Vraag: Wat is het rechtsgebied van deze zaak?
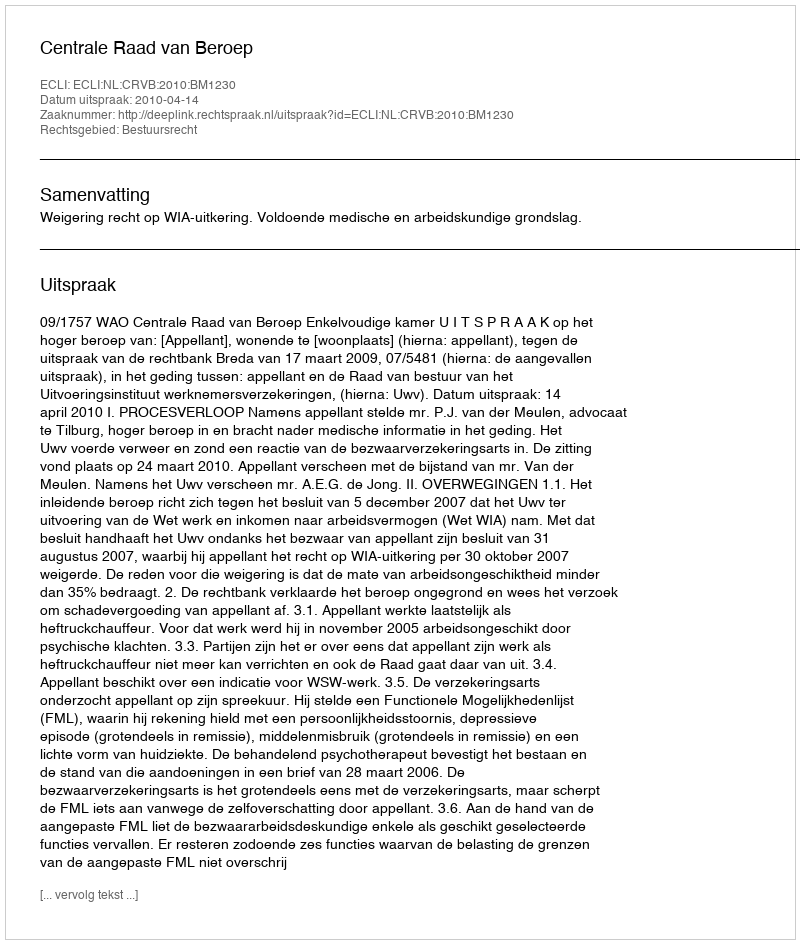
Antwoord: Bestuursrecht